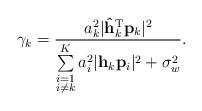
LaTeX: \begin{align*} \gamma_k=\frac{a_k^2\lvert\mathbf{\hat{h}}_k^{\textrm{T}}\mathbf{p}_k\rvert^2}{\sum\limits_{\substack{i=1\\i\neq k}}^K a_i^2\lvert\mathbf{h}_k\mathbf{p}_i\rvert^2+\sigma_w^2}.\end{align*}